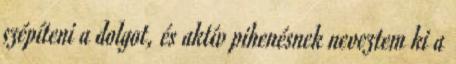
szépíteni a dolgot, és aktív pihenésnek neveztem ki a